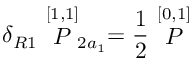
\delta _ { R 1 } \stackrel { [ 1 , 1 ] } { P } _ { 2 a _ { 1 } } = \frac { 1 } { 2 } \stackrel { [ 0 , 1 ] } { \cal P }